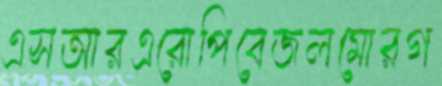
এসআরএরোপিবেজলমোরগ